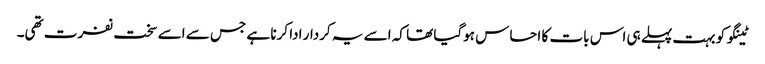
ٹینگو کو بہت پہلے ہی اس بات کا احساس ہوگیا تھا کہ اسے یہ کردار ادا کرنا ہے جس سے اسے سخت نفرت تھی۔